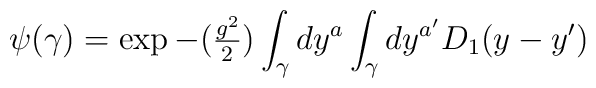
\psi(\gamma) = \exp{ -({\textstyle{g^2 \over2}}) \int_{\gamma} dy^a\int_{\gamma} dy^{a'} D_{1}(y-y') }